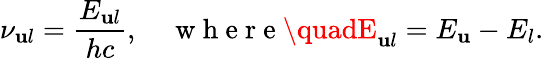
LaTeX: \nu_{\mathbf{u}l}=\frac{{E_{\mathbf{u}l}}}{{hc}},\quad\mathrm{{~w~h~e~r~e~}}\quadE_{\mathbf{u}l}=E_{\mathbf{u}}-E_{l}.